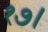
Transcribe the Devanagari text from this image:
१७।